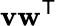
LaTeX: \mathbf{v}\mathbf{w}^{\mathsf{T}}